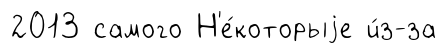
2013 самого Н'е́которыjе и́з-за